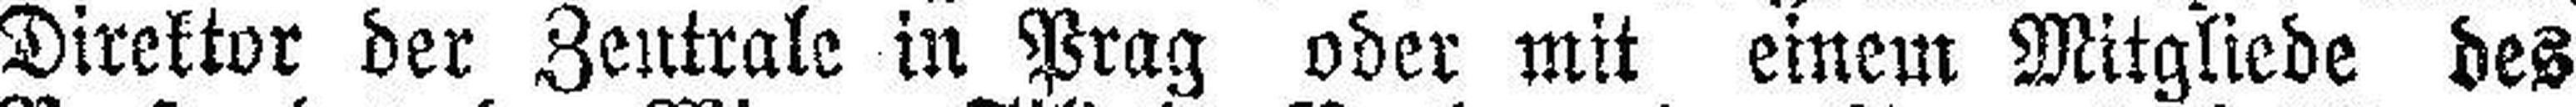
Direktor der Zentrale in Prag oder mit einem Mitgliede des